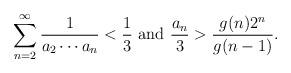
LaTeX: \begin{align*}\sum^{\infty}_{n=2}\frac{1}{a_2 \cdots a_n}<\frac{1}{3} {\textrm{ and }} \frac{a_n}{3}> \frac{g(n)2^n}{g(n-1)}.\end{align*}